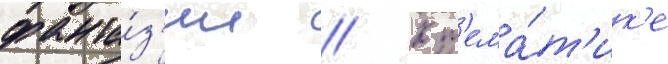
фанта́з'ии // К т'ема́т'ик'е